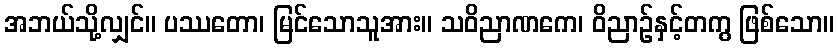
အဘယ်သို့လျှင်။ ပဿတော၊ မြင်သောသူအား။ သဝိညာဏကေ၊ ဝိညာဉ်နှင့်တကွ ဖြစ်သော။